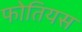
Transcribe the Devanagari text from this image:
फोतियस